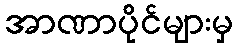
အာဏာပိုင်များမှ